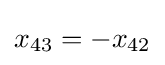
x_{43}=-x_{42}